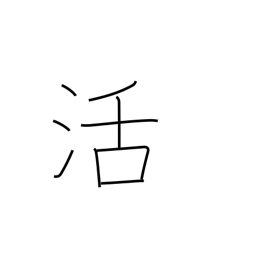
Meaning: resuscitation